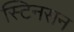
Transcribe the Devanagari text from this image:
स्टिनसन